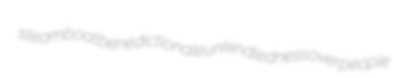
steamboat benedictionale unkindledness overpeople